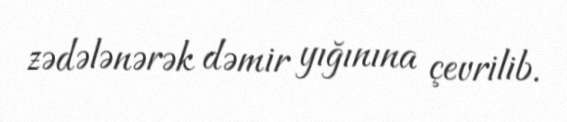
zədələnərək dəmir yığınına çevrilib.